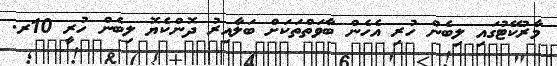
މާރުކޭޓުގައި ލިބެން ހުރި އެހެން ބާވަތްތަކަށް ބަލާއިރު ދޮންކެޔޮ ލިބެން ހުރީ 10ރ.